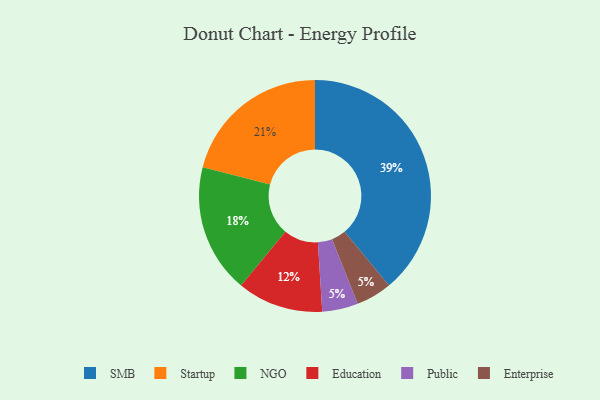
{"axis": {"x": "Category", "y": "Percentage"}, "legend": ["Education", "Enterprise", "NGO", "Public", "SMB", "Startup"], "data": [{"x": "Education", "y": 12, "type": "Education"}, {"x": "Public", "y": 5, "type": "Public"}, {"x": "Startup", "y": 21, "type": "Startup"}, {"x": "SMB", "y": 39, "type": "SMB"}, {"x": "NGO", "y": 18, "type": "NGO"}, {"x": "Enterprise", "y": 5, "type": "Enterprise"}]}